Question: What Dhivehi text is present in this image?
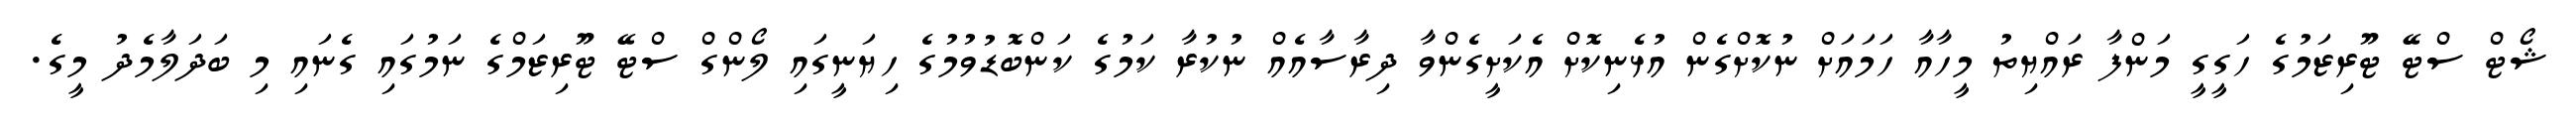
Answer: ޝޯޓް ސްޓޭ ޓޫރިޒަމުގެ ހަގީގީ މަންފާ ރައްޔިތު މީހާއާ ހަމައަށް ނުކޮށްގެން އުޅެނިކޮށް އެކަށީގެންވާ ދިރާސާއެއް ނުކުރާ ކަމުގެ ކަންބޮޑުވުމުގެ ހިޔަނީގައި ލޯންގް ސްޓޭ ޓޫރިޒަމްގެ ނަމުގައި ގެނައި މި ބަދަލާމެދު މީގެ.